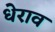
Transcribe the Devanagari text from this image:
धेराव